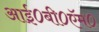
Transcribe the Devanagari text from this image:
आई०बी०ऍम०